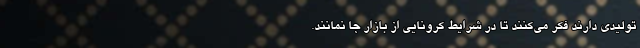
تولیدی دارند فکر می‌کنند تا در شرایط کرونایی از بازار جا نمانند.